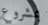
بمشروع